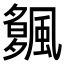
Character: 𩘠